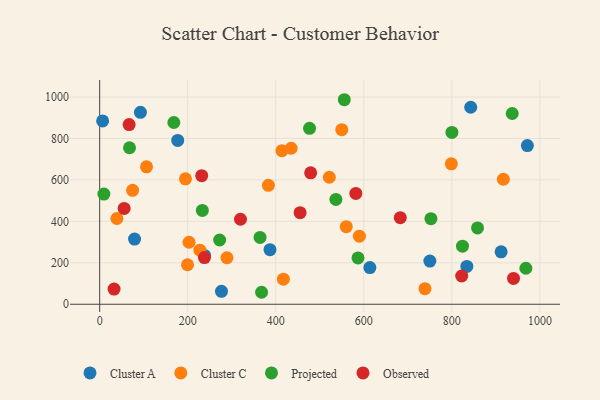
{"axis": {"x": "Ad Spend", "y": "Yield"}, "legend": ["Cluster A", "Cluster C", "Observed", "Projected"], "data": [{"x": "842.9", "y": 950.8, "type": "Cluster A"}, {"x": "912.0", "y": 252.8, "type": "Cluster A"}, {"x": "613.8", "y": 177.0, "type": "Cluster A"}, {"x": "92.6", "y": 926.2, "type": "Cluster A"}, {"x": "6.7", "y": 884.8, "type": "Cluster A"}, {"x": "971.6", "y": 765.9, "type": "Cluster A"}, {"x": "276.7", "y": 62.2, "type": "Cluster A"}, {"x": "750.1", "y": 208.5, "type": "Cluster A"}, {"x": "386.9", "y": 263.2, "type": "Cluster A"}, {"x": "238.2", "y": 235.5, "type": "Cluster A"}, {"x": "79.2", "y": 314.6, "type": "Cluster A"}, {"x": "834.1", "y": 182.7, "type": "Cluster A"}, {"x": "177.3", "y": 790.8, "type": "Cluster A"}, {"x": "590.0", "y": 328.3, "type": "Cluster C"}, {"x": "739.0", "y": 75.1, "type": "Cluster C"}, {"x": "199.6", "y": 190.6, "type": "Cluster C"}, {"x": "417.3", "y": 121.2, "type": "Cluster C"}, {"x": "39.1", "y": 413.7, "type": "Cluster C"}, {"x": "203.0", "y": 299.1, "type": "Cluster C"}, {"x": "74.8", "y": 549.6, "type": "Cluster C"}, {"x": "227.6", "y": 261.0, "type": "Cluster C"}, {"x": "414.0", "y": 741.0, "type": "Cluster C"}, {"x": "560.2", "y": 374.5, "type": "Cluster C"}, {"x": "434.9", "y": 752.8, "type": "Cluster C"}, {"x": "194.9", "y": 605.1, "type": "Cluster C"}, {"x": "917.0", "y": 603.3, "type": "Cluster C"}, {"x": "798.8", "y": 677.8, "type": "Cluster C"}, {"x": "106.4", "y": 663.2, "type": "Cluster C"}, {"x": "521.7", "y": 612.8, "type": "Cluster C"}, {"x": "383.3", "y": 573.7, "type": "Cluster C"}, {"x": "550.0", "y": 842.4, "type": "Cluster C"}, {"x": "289.1", "y": 224.3, "type": "Cluster C"}, {"x": "168.5", "y": 877.0, "type": "Projected"}, {"x": "476.7", "y": 849.2, "type": "Projected"}, {"x": "536.6", "y": 506.1, "type": "Projected"}, {"x": "824.2", "y": 280.4, "type": "Projected"}, {"x": "367.8", "y": 57.8, "type": "Projected"}, {"x": "67.8", "y": 755.2, "type": "Projected"}, {"x": "555.7", "y": 987.0, "type": "Projected"}, {"x": "9.6", "y": 531.9, "type": "Projected"}, {"x": "937.2", "y": 920.5, "type": "Projected"}, {"x": "968.2", "y": 173.7, "type": "Projected"}, {"x": "858.4", "y": 368.1, "type": "Projected"}, {"x": "752.5", "y": 413.2, "type": "Projected"}, {"x": "586.8", "y": 223.6, "type": "Projected"}, {"x": "364.3", "y": 322.7, "type": "Projected"}, {"x": "800.2", "y": 829.1, "type": "Projected"}, {"x": "272.5", "y": 310.1, "type": "Projected"}, {"x": "233.2", "y": 452.7, "type": "Projected"}, {"x": "479.3", "y": 634.4, "type": "Observed"}, {"x": "231.8", "y": 620.4, "type": "Observed"}, {"x": "822.4", "y": 136.4, "type": "Observed"}, {"x": "940.1", "y": 124.5, "type": "Observed"}, {"x": "682.9", "y": 417.8, "type": "Observed"}, {"x": "455.3", "y": 441.8, "type": "Observed"}, {"x": "32.7", "y": 73.3, "type": "Observed"}, {"x": "238.0", "y": 225.3, "type": "Observed"}, {"x": "55.6", "y": 462.2, "type": "Observed"}, {"x": "581.9", "y": 534.8, "type": "Observed"}, {"x": "319.9", "y": 410.1, "type": "Observed"}, {"x": "66.9", "y": 867.3, "type": "Observed"}]}